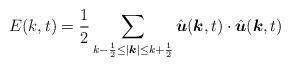
LaTeX: \begin{align*}E(k, t) &= \frac{1}{2} \sum_{k-\frac{1}{2}\leq |\boldsymbol{ k}|\leq k+\frac{1}{2}} \hat{\boldsymbol{u}}(\boldsymbol{ k}, t)\cdot \hat{\boldsymbol{u}}(\boldsymbol{k}, t)\end{align*}